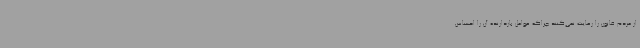
از مردم قانون را رعایت نمی‌کنند چراکه عوامل بازدارنده آن را احساس